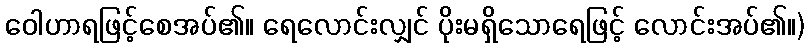
ဝေါဟာရဖြင့်စေအပ်၏။ ရေလောင်းလျှင် ပိုးမရှိသောရေဖြင့် လောင်းအပ်၏။)